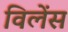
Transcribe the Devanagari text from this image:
विलेंस